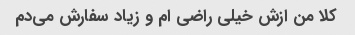
کلا من ازش خیلی راضی ام و زیاد سفارش می‌دم